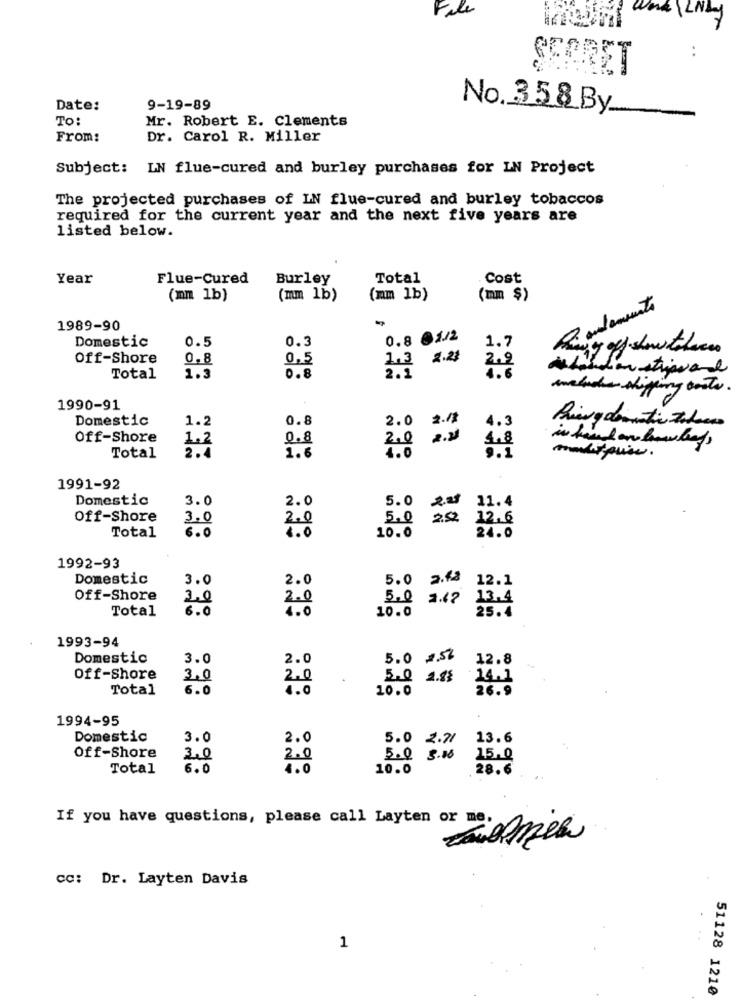
File
Ny
SCORET
Date:
9-19-89
No.358By
TO:
Mr. Robert E. Clements
From:
Dr. Carol R. Miller
Subject: LN flue-cured and burley purchases for IN Project
The projected purchases of IN flue-cured and burley tobaccos
required for the current year and the next five years are
listed below.
Year
Flue-Cured
Burley
Total
Cost
(mn lb)
(mm 1b)
(mm lb)
(mm $)
1989-90
Domestic
0.5
0.3
0.8 61/2
1.7
Off-Shore
0.8
0.5
1,3
2.23
2.9
Total
1.3
0.8
2.1
4.6
welche shipping costs.
1990-91
Domestic
1.2
0.8
2.0 2./
4.3
Off-Shore
1.2
0.8
2.0
4.8
2.4
1.6
4.0
Total
1991-92
Domestic
3.0
2.0
5.0
11.4
Off-Shore
3.0
2.0
5.0
2.52
12.6
Total
6.0
4.0
10.0
24.0
1992-93
Domestic
3.0
2.0
5.0 2.48
12.1
Off-Shore
3,0
2.0
5.0 2.47
13.4
Total
6.0
4.0
10.0
25.4
1993-94
Domestic
3.0
2.0
5.0 2.56
12.8
Off-Shore
3.0
2.0
14.1
Total
6.0
4.0
10.0
26.9
1994-95
Domestic
3.0
2.0
5.0 2.71
13.6
Off-Shore
3,0
2.0
5.0 3.16
15.0
Total
6.0
4.0
10.0
28.6
If you have questions, please call Layten or me,
cc: Dr. Layten Davis
1
51128 1210